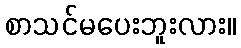
စာသင်မပေးဘူးလား။